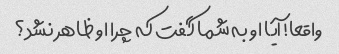
واقعا! آیا او به شما گفت که چرا او ظاهر نشد؟